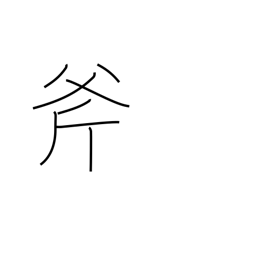
Meaning: ax